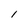
Character: l